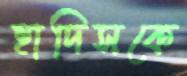
হাদিসকে